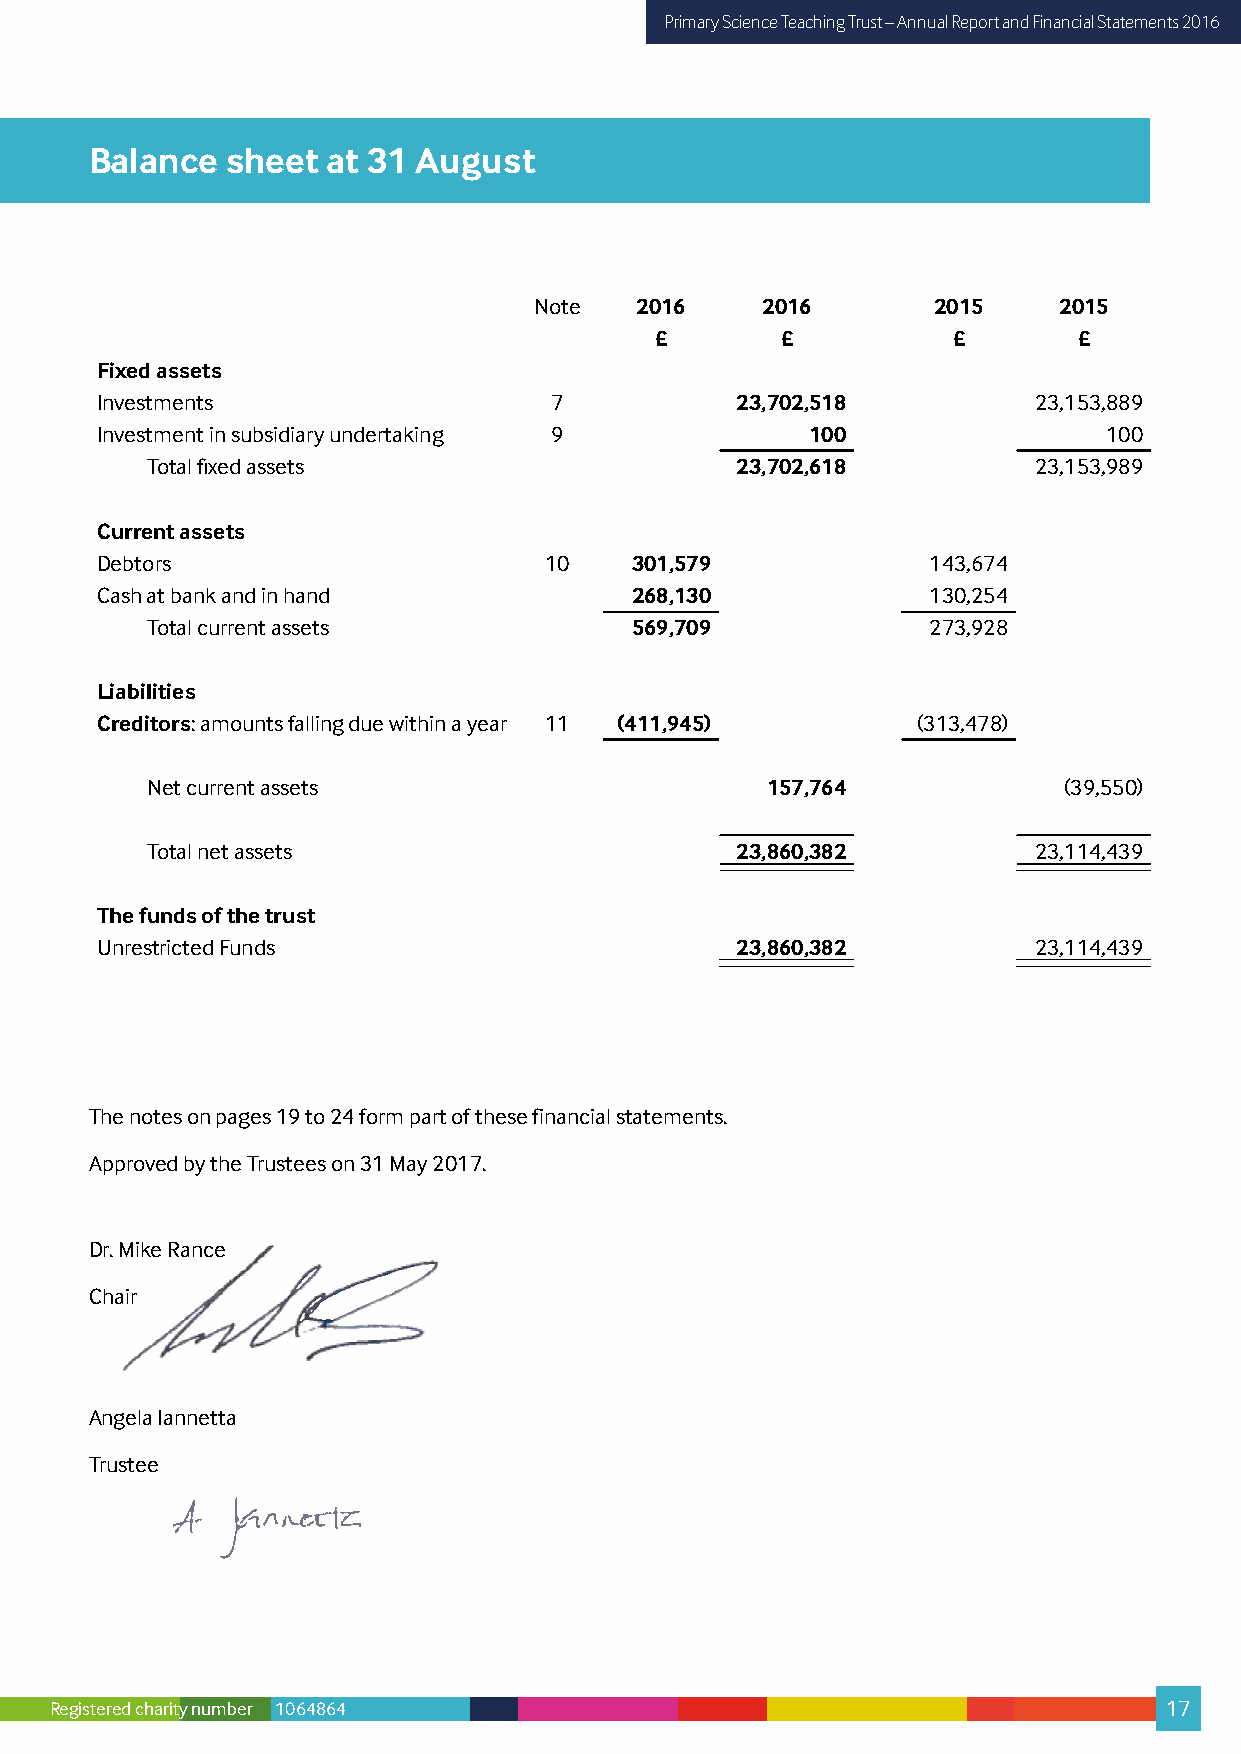
Primary Science Teaching Trust – Annual Report and Financial Statements 2016
 Balance  sheet  at 31 August
 Note   2016    2016        2015    2015
 £        £          £       £
 Fixed assets
 Investments                   7            23,702,518         23,153,889
 Investment in subsidiary undertaking 9          100                100
 Total fixed assets                     23,702,618         23,153,989
 Current assets
 Debtors                       10    301,579            143,674
 Cash at bank and in hand            268,130            130,254
 Total current assets            569,709            273,928
 Liabilities
 Creditors: amounts falling due within a year 11 (411,945) (313,478)
 Net current assets                       157,764            (39,550)
 Total net assets                       23,860,382         23,114,439
 The funds of the trust
 Unrestricted Funds                         23,860,382         23,114,439
 The notes on pages 19 to 24 form part of these financial statements.
 Approved by the Trustees on 31 May 2017.
 Dr. Mike Rance
 Chair
 Angela Iannetta
 Trustee
 ,�z:.ct
 ff\
 A�
 Registered charity number 1064864                                         17